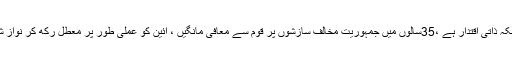
17 اپریل2018ء) پاکستان پیپلز پارٹی نے کہا ہے کہ نواز شریف کا مسئلہ ووٹ کی عزت نہیں بلکہ ذاتی اقتدار ہے ،35سالوں میں جمہوریت مخالف سازشوں پر قوم سے معافی مانگیں ، آئین کو عملی طور پر معطل رکھ کر نواز شریف نے چھوٹے صوبوں کے حقوق غصب کئے اور جمہوری نظام کو خاندانی اقتدار میں بدل دیا۔